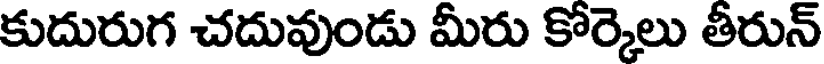
కుదురుగ చదువుండు మీరు కోర్కెలు తీరున్